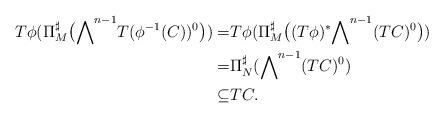
LaTeX: \begin{align*} T\phi (\Pi_M^{\sharp} \big( {\bigwedge}^{n-1} T(\phi^{-1}(C))^0 \big)) =& T\phi ( \Pi_M^{\sharp} \big((T \phi)^{*} {\bigwedge}^{n-1} (TC)^0 \big))\\=& \Pi_N^{\sharp} ({\bigwedge}^{n-1} (TC)^0)\\\subseteq & TC.\end{align*}